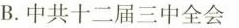
B.中共十二届三中全会